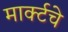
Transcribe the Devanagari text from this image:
मार्क्टचे